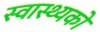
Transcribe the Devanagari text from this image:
स्वास्थ्यको